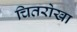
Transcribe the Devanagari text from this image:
चितरोखा